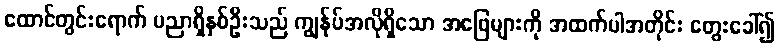
ထောင်တွင်းရောက် ပညာရှိနှစ်ဦးသည် ကျွန်ုပ်အလိုရှိသော အဖြေများကို အထက်ပါအတိုင်း တွေးခေါ်၍